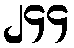
၂၄၄